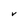
Character: V